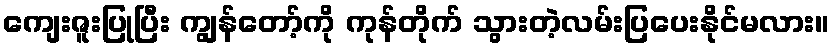
ကျေးဇူးပြုပြီး ကျွန်တော့်ကို ကုန်တိုက် သွားတဲ့လမ်းပြပေးနိုင်မလား။